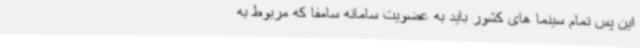
این پس تمام سینما های کشور باید به عضویت سامانه سامفا که مربوط به